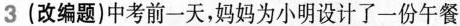
3(改编题)中考前一天，妈妈为小明设计了一份午餐